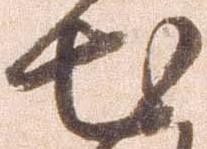
出